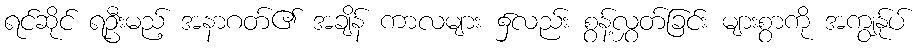
ရင်ဆိုင် ရဦးမည့် အနာဂတ်၏ အချိန် ကာလများ ၌လည်း စွန့်လွှတ်ခြင်း များစွာကို အကျွန်ုပ်